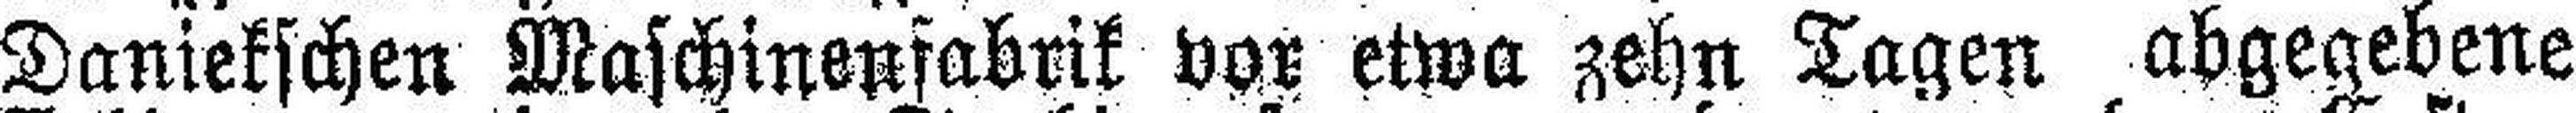
Daniekschen Maschinenfabrik vor etwa zehn Tagen abgegebene